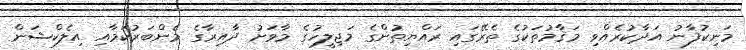
މަނިކުފާނު އަދާކުރެއްވި މަޤާމުތަކުގެ ތެރޭގައި ރައްޔިތުންގެ މަޖިލީހުގެ މާވަށު ދާއިރާގެ މެންބަރުކަމާއި އިލެކްޝަން